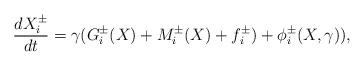
LaTeX: \begin{align*} \frac{dX_i^{\pm}}{dt}=\gamma (G_i^{\pm}( X) + M_{i}^{\pm}( X) + f_i^{\pm}) + \phi_i^{\pm}(X, \gamma)),\end{align*}